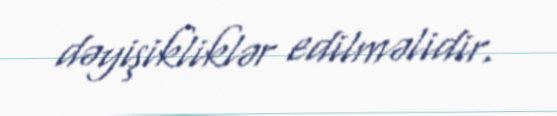
dəyişikliklər edilməlidir.